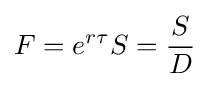
F=e^{r\tau }S={\frac {S}{D}}